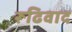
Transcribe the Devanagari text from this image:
रूढिवाद